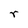
Character: r